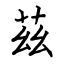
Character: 茲